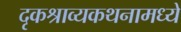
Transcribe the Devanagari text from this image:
दृकश्राव्यकथनामध्ये